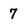
Character: 7